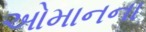
ઓમાનના